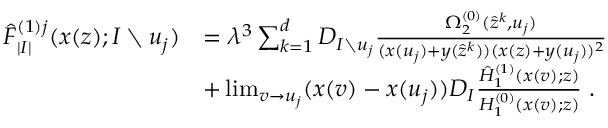
\begin{array} { r l } { \hat { F } _ { | I | } ^ { ( 1 ) j } ( x ( z ) ; I \setminus u _ { j } ) } & { = \lambda ^ { 3 } \sum _ { k = 1 } ^ { d } D _ { I \setminus u _ { j } } \frac { \Omega _ { 2 } ^ { ( 0 ) } ( \hat { z } ^ { k } , u _ { j } ) } { ( x ( u _ { j } ) + y ( \hat { z } ^ { k } ) ) ( x ( z ) + y ( u _ { j } ) ) ^ { 2 } } } \\ & { + \operatorname* { l i m } _ { v \to u _ { j } } ( x ( v ) - x ( u _ { j } ) ) D _ { I } \frac { \hat { H } _ { 1 } ^ { ( 1 ) } ( x ( v ) ; z ) } { H _ { 1 } ^ { ( 0 ) } ( x ( v ) ; z ) } \; . } \end{array}